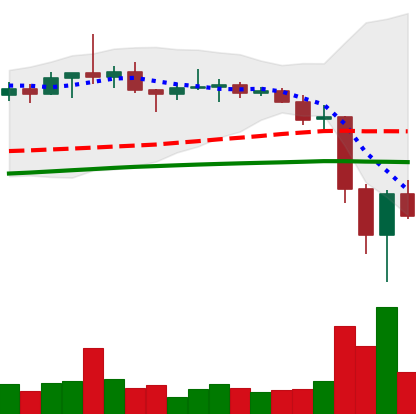
Ticker: TRX-USD
Chart end date: 2022-06-16
Forward return: 9.741%
Label: up_7plus